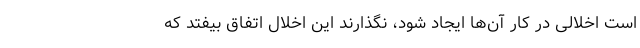
است اخلالی در کار آن‌ها ایجاد شود، نگذارند این اخلال اتفاق بیفتد که